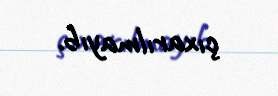
çıxarılmayıb.